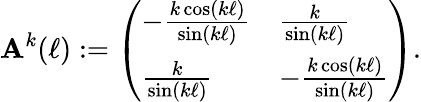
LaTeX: \mathbf{A}^{k}(\ell):=\left(\begin{array}{ll}{-\frac{k\cos(k\ell)}{\sin(k\ell)}}&{\frac{k}{\sin(k\ell)}}\\ {\frac{k}{\sin(k\ell)}}&{-\frac{k\cos(k\ell)}{\sin(k\ell)}}\end{array}\right).